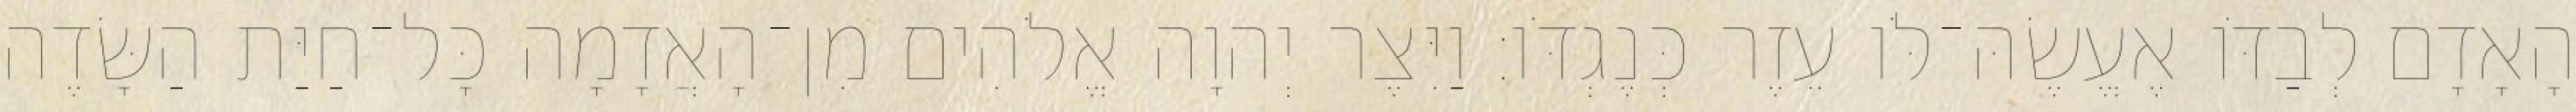
הָאָדָם לְבַדֹּו אֶעֱשֶׂהּ־לֹּו עֵזֶר כְּנֶגְדֹּו׃ וַיִּצֶר יְהוָה אֱלֹהִים מִן־הָאֲדָמָה כָּל־חַיַּת הַשָּׂדֶה